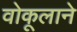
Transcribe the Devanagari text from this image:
वोकूलाने